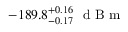
- 1 8 9 . 8 _ { - 0 . 1 7 } ^ { + 0 . 1 6 } \ \mathrm { ~ d ~ B ~ m ~ }